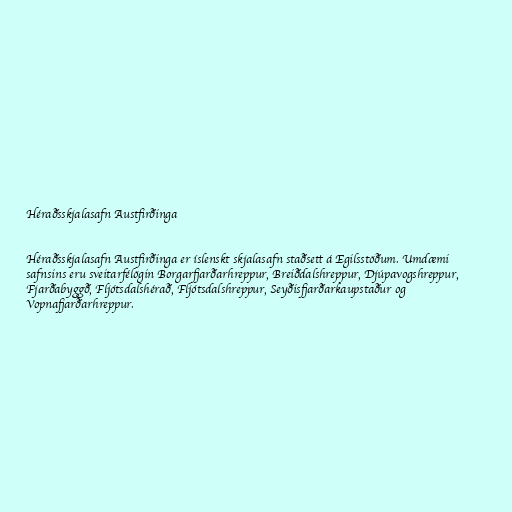
Héraðsskjalasafn Austfirðinga

Héraðsskjalasafn Austfirðinga er íslenskt skjalasafn staðsett á Egilsstöðum. Umdæmi
safnsins eru sveitarfélögin Borgarfjarðarhreppur, Breiðdalshreppur, Djúpavogshreppur,
Fjarðabyggð, Fljótsdalshérað, Fljótsdalshreppur, Seyðisfjarðarkaupstaður og
Vopnafjarðarhreppur.